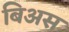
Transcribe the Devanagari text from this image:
बिअस